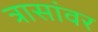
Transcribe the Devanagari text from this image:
त्रासांवर